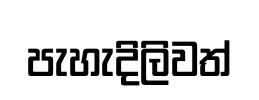
පැහැදිලිවත්